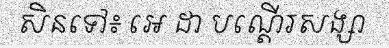
សិនទៅ៖ អេ ដា បណ្តើរសង្សា